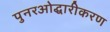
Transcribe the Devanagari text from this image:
पुनरओद्धारीकरण